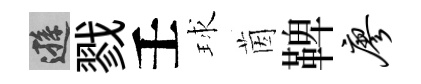
遜戮壬球茵鞞廖